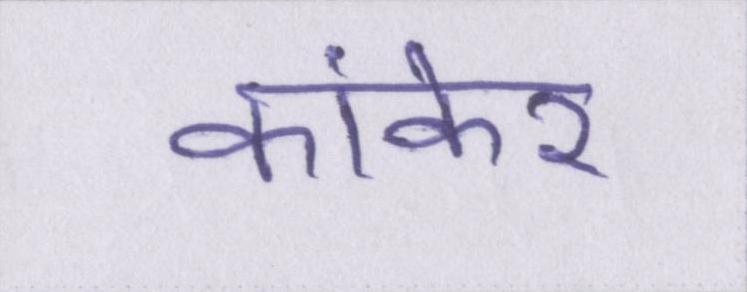
कांकेर